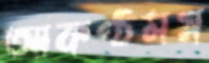
আকণ্ঠমগ্ন